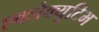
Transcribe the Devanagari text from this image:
एक्जेक्युटिभ